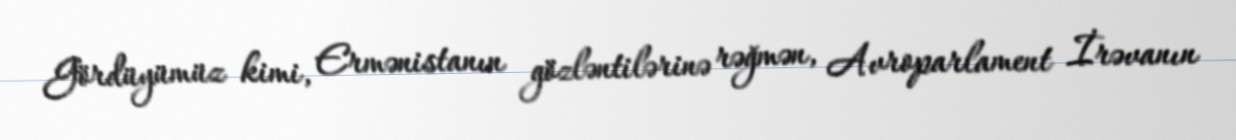
Gördüyümüz kimi, Ermənistanın gözləntilərinə rəğmən, Avroparlament İrəvanın